Indian journal of veterinary science and animal husbandry - Volume 2,
Year: 1932
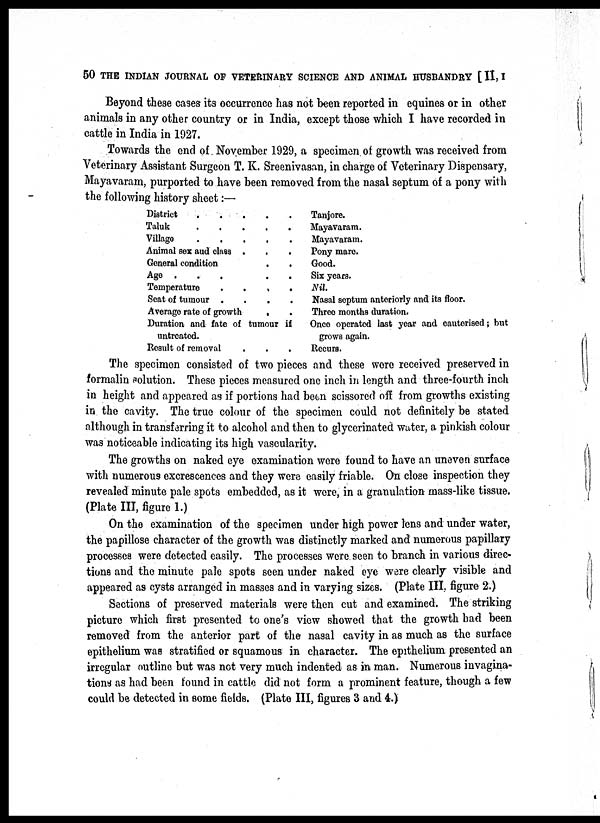
50 THE INDIAN JOURNAL OF VETERINARY SCIENCE AND ANIMAL HUSBANDRY [ II, I
Beyond these cases its occurrence has not been reported in equines or in other
animals in any other country or in India, except those which I have recorded in
cattle in India in 1927.
Towards the end of November 1929, a specimen of growth was received from
Veterinary Assistant Surgeon T. K. Sreenivasan, in charge of Veterinary Dispensary,
Mayavaram, purported to have been removed from the nasal septum of a pony with
the following history sheet:—
District . . . . .
Taluk . . . . .
Village . . . . .
Animal sex and class . . .
General condition . .
Age . . . . .
Temperature . . . .
Seat of tumour . . . .
Average rate of growth . .
Duration and fate of tumour if
untreated.
Result of removal
.
.
.
Tanjore.
Mayavaram.
Mayavaram.
Pony mare.
Good.
Six years.
Nil.
Nasal septum anteriorly and its floor.
Three months duration.
Once operated last year and cauterised; but
grows again.
Recurs.
The specimen consisted of two pieces and these were received preserved in
formalin solution. These pieces measured one inch in length and three-fourth inch
in height and appeared as if portions had been scissored off from growths existing
in the cavity. The true colour of the specimen could not definitely be stated
although in transferring it to alcohol and then to glycerinated water, a pinkish colour
was noticeable indicating its high vascularity.
The growths on naked eye examination were found to have an uneven surface
with numerous excrescences and they were easily friable. On close inspection they
revealed minute pale spots embedded, as it were, in a granulation mass-like tissue.
(Plate III, figure 1.)
On the examination of the specimen under high power lens and under water,
the papillose character of the growth was distinctly marked and numerous papillary
processes were detected easily. The processes were seen to branch in various direc-
tions and the minute pale spots seen under naked eye were clearly visible and
appeared as cysts arranged in masses and in varying sizes. (Plate III. figure 2.)
Sections of preserved materials were then cut and examined. The striking
picture which first presented to one's view showed that the growth had been
removed from the anterior part of the nasal cavity in as much as the surface
epithelium was stratified or squamous in character. The epithelium presented an
irregular outline but was not very much indented as in man. Numerous invagina-
tions as had been found in cattle did not form a prominent feature, though a few
could be detected in some fields. (Plate III, figures 3 and 4.)